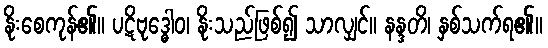
နိုးစေကုန်၏။ ပဋိဗုဒ္ဓေါဝ၊ နိုးသည်ဖြစ်၍ သာလျှင်။ နန္ဒတိ၊ နှစ်သက်ရ၏။